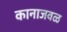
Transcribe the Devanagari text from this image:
कानाजवळ